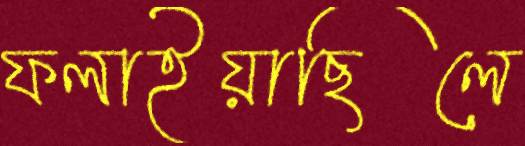
ফলাইয়াছিলে